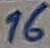
Text: 16